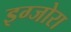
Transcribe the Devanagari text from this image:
इग्जोरा